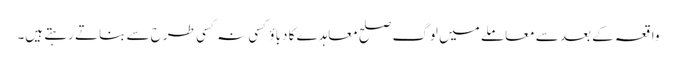
واقعہ کے بعد سے معاملے میں لوگ صلح معاہدے کا دباؤ کسی نہ کسی طرح سے بناتے رہتے ہیں۔